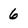
Character: 6